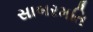
સાબરમતિ